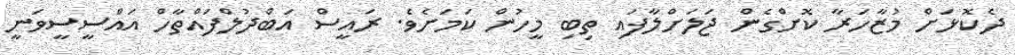
ދެކޮޅަށް މުޒާހަރާ ކޮށްގެން ޖަލަށްލާފައި ތިބި މީހުން ކަމަށެވެ. ރައީސް އަބްދުލްފައްތާހް އައްސީސީވަނީ